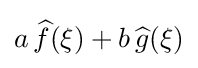
a\,{\widehat {f}}(\xi )+b\,{\widehat {g}}(\xi )